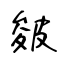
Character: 皴